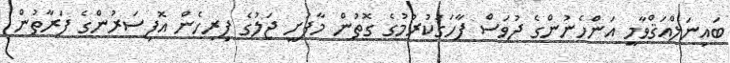
ބައިނަލްއަޤްވާމީ އަންހެނުންގެ ދުވަސް ފާހަގަކުރުމުގެ ގޮތުން މާފުށީ ޖަލުގެ ފިރިހެން އޮފިސަރުންގެ ފަރާތުން